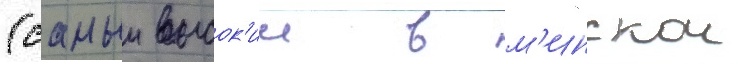
(самыи высок'ии в м'инскои